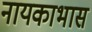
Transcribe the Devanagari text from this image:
नायकाभास